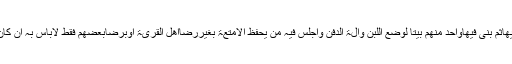
الاسعاف فی احکام الاوقافصفحہ۶۶ میںہے: لواتخذأھل قریۃ أرضالھم مقبرۃوقبروافیھاثم بنی فیھاواحد منھم بیتا لوضع اللبن وآلۃ الدفن وأجلس فیہ من یحفظ الامتعۃ بغیررضاأھل القریۃ أوبرضابعضھم فقط لابأس بہ ان کان فی المقبرۃ سعۃ بحیث لایحتاج الی ذلک المکان ولواحتاجوا الیہ یرفع البناء لیدفن فیہ۔